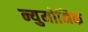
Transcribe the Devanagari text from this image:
न्युमोनिक